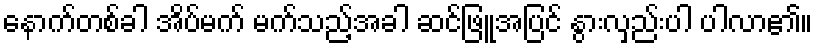
နောက်တစ်ခါ အိပ်မက် မက်သည့်အခါ ဆင်ဖြူအပြင် နွားလှည်းပါ ပါလာ၏။